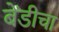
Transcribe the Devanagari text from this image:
बेंडीचा